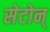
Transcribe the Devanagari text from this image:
सेटोन्